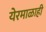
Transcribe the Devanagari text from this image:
येरमाळाही